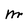
Character: M